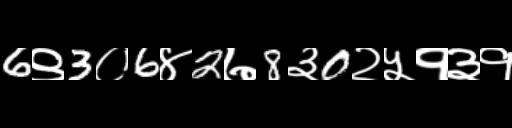
Text: 6९3०6४2७8३0२५१३१